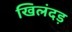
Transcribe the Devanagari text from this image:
खिलंदड़